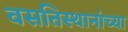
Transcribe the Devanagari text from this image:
वसतिस्थानांच्या